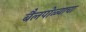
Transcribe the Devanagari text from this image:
बैलपोळ्याचा